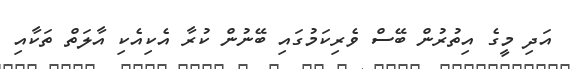
އަދި މީގެ އިތުރުން ބޭސް ވެރިކަމުގައި ބޭނުން ކުރާ އެކިއެކި އާލަތް ތަކާއި